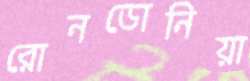
রোনডোনিয়া